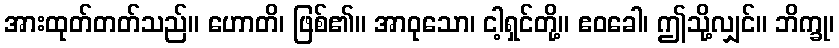
အားထုတ်တတ်သည်။ ဟောတိ၊ ဖြစ်၏။ အာဝုသော၊ ငါ့ရှင်တို့။ ဧဝခေါ၊ ဤသို့လျှင်။ ဘိက္ခု၊